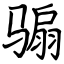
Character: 骟